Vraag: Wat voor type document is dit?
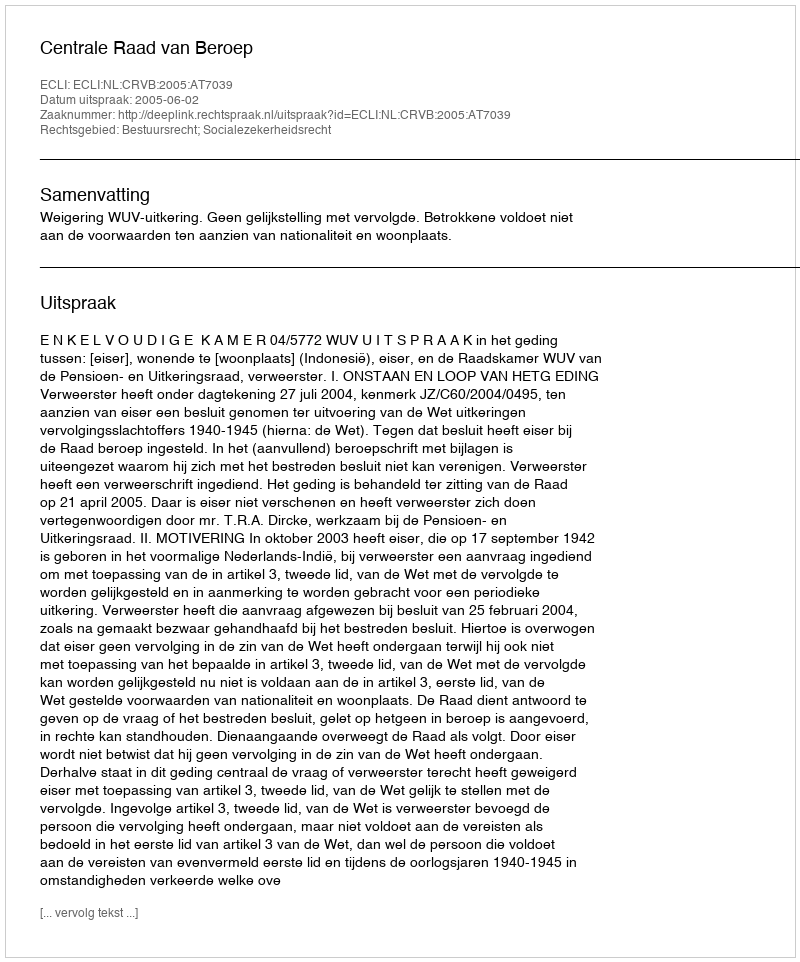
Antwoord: Uitspraak